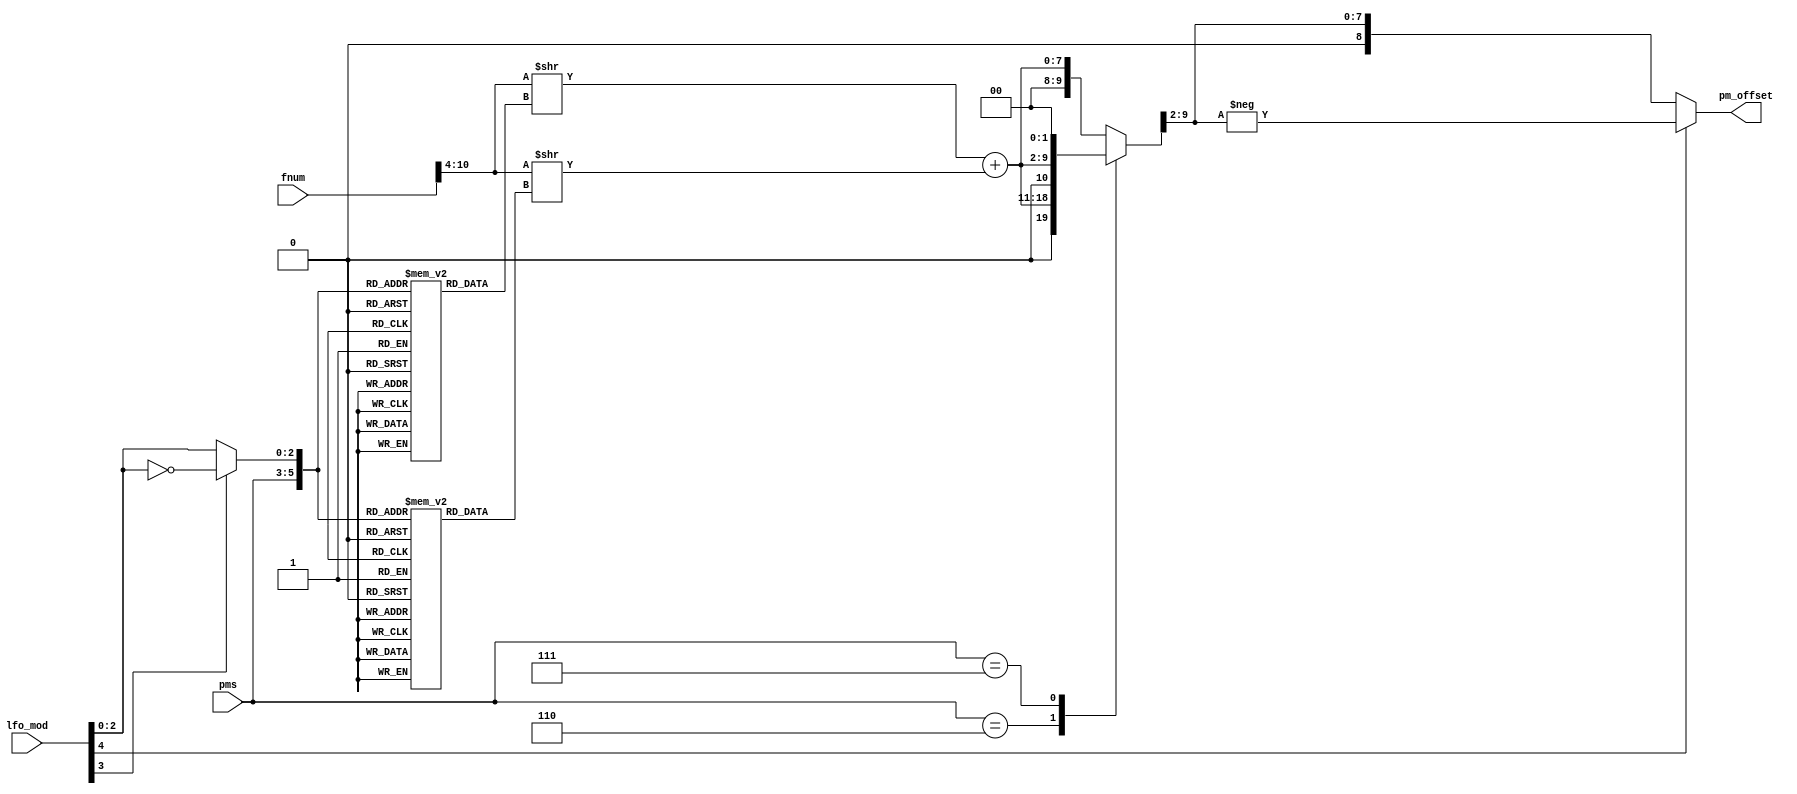
/*  This file is part of jt12.

    jt12 is free software: you can redistribute it and/or modify
    it under the terms of the GNU General Public License as published by
    the Free Software Foundation, either version 3 of the License, or
    (at your option) any later version.

    jt12 is distributed in the hope that it will be useful,
    but WITHOUT ANY WARRANTY; without even the implied warranty of
    MERCHANTABILITY or FITNESS FOR A PARTICULAR PURPOSE.  See the
    GNU General Public License for more details.

    You should have received a copy of the GNU General Public License
    along with jt12.  If not, see <http://www.gnu.org/licenses/>.
	
	Author: Jose Tejada Gomez. Twitter: @topapate
	Version: 1.0
	Date: 14-10-2018
	*/


// This implementation follows that of Alexey Khokholov (Nuke.YKT) in C language.

module jt12_pm (
	input [4:0] lfo_mod,
	input [10:0] fnum,
	input [2:0] pms,
	output reg signed [8:0] pm_offset
);


reg [7:0] pm_unsigned;
reg [7:0] pm_base;
reg [9:0] pm_shifted;

wire [2:0] index = lfo_mod[3] ? (~lfo_mod[2:0]) : lfo_mod[2:0];

reg [2:0] lfo_sh1_lut [0:63];
reg [2:0] lfo_sh2_lut [0:63];
reg [2:0] lfo_sh1, lfo_sh2;

initial begin
    lfo_sh1_lut[6'h00] = 3'd7;
    lfo_sh1_lut[6'h01] = 3'd7;
    lfo_sh1_lut[6'h02] = 3'd7;
    lfo_sh1_lut[6'h03] = 3'd7;
    lfo_sh1_lut[6'h04] = 3'd7;
    lfo_sh1_lut[6'h05] = 3'd7;
    lfo_sh1_lut[6'h06] = 3'd7;
    lfo_sh1_lut[6'h07] = 3'd7;
    lfo_sh1_lut[6'h08] = 3'd7;
    lfo_sh1_lut[6'h09] = 3'd7;
    lfo_sh1_lut[6'h0A] = 3'd7;
    lfo_sh1_lut[6'h0B] = 3'd7;
    lfo_sh1_lut[6'h0C] = 3'd7;
    lfo_sh1_lut[6'h0D] = 3'd7;
    lfo_sh1_lut[6'h0E] = 3'd7;
    lfo_sh1_lut[6'h0F] = 3'd7;
    lfo_sh1_lut[6'h10] = 3'd7;
    lfo_sh1_lut[6'h11] = 3'd7;
    lfo_sh1_lut[6'h12] = 3'd7;
    lfo_sh1_lut[6'h13] = 3'd7;
    lfo_sh1_lut[6'h14] = 3'd7;
    lfo_sh1_lut[6'h15] = 3'd7;
    lfo_sh1_lut[6'h16] = 3'd1;
    lfo_sh1_lut[6'h17] = 3'd1;
    lfo_sh1_lut[6'h18] = 3'd7;
    lfo_sh1_lut[6'h19] = 3'd7;
    lfo_sh1_lut[6'h1A] = 3'd7;
    lfo_sh1_lut[6'h1B] = 3'd7;
    lfo_sh1_lut[6'h1C] = 3'd1;
    lfo_sh1_lut[6'h1D] = 3'd1;
    lfo_sh1_lut[6'h1E] = 3'd1;
    lfo_sh1_lut[6'h1F] = 3'd1;
    lfo_sh1_lut[6'h20] = 3'd7;
    lfo_sh1_lut[6'h21] = 3'd7;
    lfo_sh1_lut[6'h22] = 3'd7;
    lfo_sh1_lut[6'h23] = 3'd1;
    lfo_sh1_lut[6'h24] = 3'd1;
    lfo_sh1_lut[6'h25] = 3'd1;
    lfo_sh1_lut[6'h26] = 3'd1;
    lfo_sh1_lut[6'h27] = 3'd0;
    lfo_sh1_lut[6'h28] = 3'd7;
    lfo_sh1_lut[6'h29] = 3'd7;
    lfo_sh1_lut[6'h2A] = 3'd1;
    lfo_sh1_lut[6'h2B] = 3'd1;
    lfo_sh1_lut[6'h2C] = 3'd0;
    lfo_sh1_lut[6'h2D] = 3'd0;
    lfo_sh1_lut[6'h2E] = 3'd0;
    lfo_sh1_lut[6'h2F] = 3'd0;
    lfo_sh1_lut[6'h30] = 3'd7;
    lfo_sh1_lut[6'h31] = 3'd7;
    lfo_sh1_lut[6'h32] = 3'd1;
    lfo_sh1_lut[6'h33] = 3'd1;
    lfo_sh1_lut[6'h34] = 3'd0;
    lfo_sh1_lut[6'h35] = 3'd0;
    lfo_sh1_lut[6'h36] = 3'd0;
    lfo_sh1_lut[6'h37] = 3'd0;
    lfo_sh1_lut[6'h38] = 3'd7;
    lfo_sh1_lut[6'h39] = 3'd7;
    lfo_sh1_lut[6'h3A] = 3'd1;
    lfo_sh1_lut[6'h3B] = 3'd1;
    lfo_sh1_lut[6'h3C] = 3'd0;
    lfo_sh1_lut[6'h3D] = 3'd0;
    lfo_sh1_lut[6'h3E] = 3'd0;
    lfo_sh1_lut[6'h3F] = 3'd0;
    lfo_sh2_lut[6'h00] = 3'd7;
    lfo_sh2_lut[6'h01] = 3'd7;
    lfo_sh2_lut[6'h02] = 3'd7;
    lfo_sh2_lut[6'h03] = 3'd7;
    lfo_sh2_lut[6'h04] = 3'd7;
    lfo_sh2_lut[6'h05] = 3'd7;
    lfo_sh2_lut[6'h06] = 3'd7;
    lfo_sh2_lut[6'h07] = 3'd7;
    lfo_sh2_lut[6'h08] = 3'd7;
    lfo_sh2_lut[6'h09] = 3'd7;
    lfo_sh2_lut[6'h0A] = 3'd7;
    lfo_sh2_lut[6'h0B] = 3'd7;
    lfo_sh2_lut[6'h0C] = 3'd2;
    lfo_sh2_lut[6'h0D] = 3'd2;
    lfo_sh2_lut[6'h0E] = 3'd2;
    lfo_sh2_lut[6'h0F] = 3'd2;
    lfo_sh2_lut[6'h10] = 3'd7;
    lfo_sh2_lut[6'h11] = 3'd7;
    lfo_sh2_lut[6'h12] = 3'd7;
    lfo_sh2_lut[6'h13] = 3'd2;
    lfo_sh2_lut[6'h14] = 3'd2;
    lfo_sh2_lut[6'h15] = 3'd2;
    lfo_sh2_lut[6'h16] = 3'd7;
    lfo_sh2_lut[6'h17] = 3'd7;
    lfo_sh2_lut[6'h18] = 3'd7;
    lfo_sh2_lut[6'h19] = 3'd7;
    lfo_sh2_lut[6'h1A] = 3'd2;
    lfo_sh2_lut[6'h1B] = 3'd2;
    lfo_sh2_lut[6'h1C] = 3'd7;
    lfo_sh2_lut[6'h1D] = 3'd7;
    lfo_sh2_lut[6'h1E] = 3'd2;
    lfo_sh2_lut[6'h1F] = 3'd2;
    lfo_sh2_lut[6'h20] = 3'd7;
    lfo_sh2_lut[6'h21] = 3'd7;
    lfo_sh2_lut[6'h22] = 3'd2;
    lfo_sh2_lut[6'h23] = 3'd7;
    lfo_sh2_lut[6'h24] = 3'd7;
    lfo_sh2_lut[6'h25] = 3'd7;
    lfo_sh2_lut[6'h26] = 3'd2;
    lfo_sh2_lut[6'h27] = 3'd7;
    lfo_sh2_lut[6'h28] = 3'd7;
    lfo_sh2_lut[6'h29] = 3'd7;
    lfo_sh2_lut[6'h2A] = 3'd7;
    lfo_sh2_lut[6'h2B] = 3'd2;
    lfo_sh2_lut[6'h2C] = 3'd7;
    lfo_sh2_lut[6'h2D] = 3'd7;
    lfo_sh2_lut[6'h2E] = 3'd2;
    lfo_sh2_lut[6'h2F] = 3'd1;
    lfo_sh2_lut[6'h30] = 3'd7;
    lfo_sh2_lut[6'h31] = 3'd7;
    lfo_sh2_lut[6'h32] = 3'd7;
    lfo_sh2_lut[6'h33] = 3'd2;
    lfo_sh2_lut[6'h34] = 3'd7;
    lfo_sh2_lut[6'h35] = 3'd7;
    lfo_sh2_lut[6'h36] = 3'd2;
    lfo_sh2_lut[6'h37] = 3'd1;
    lfo_sh2_lut[6'h38] = 3'd7;
    lfo_sh2_lut[6'h39] = 3'd7;
    lfo_sh2_lut[6'h3A] = 3'd7;
    lfo_sh2_lut[6'h3B] = 3'd2;
    lfo_sh2_lut[6'h3C] = 3'd7;
    lfo_sh2_lut[6'h3D] = 3'd7;
    lfo_sh2_lut[6'h3E] = 3'd2;
    lfo_sh2_lut[6'h3F] = 3'd1;
end

always @(*) begin
	lfo_sh1 = lfo_sh1_lut[{pms,index}];
	lfo_sh2 = lfo_sh2_lut[{pms,index}];
	pm_base = ({1'b0,fnum[10:4]}>>lfo_sh1) + ({1'b0,fnum[10:4]}>>lfo_sh2);
	case( pms )
		default: pm_shifted = { 2'b0, pm_base };
		3'd6: pm_shifted = { 1'b0, pm_base, 1'b0 };
		3'd7: pm_shifted = {       pm_base, 2'b0 };
	endcase // pms
	pm_offset = lfo_mod[4] ? (-{1'b0,pm_shifted[9:2]}) : {1'b0,pm_shifted[9:2]};
end // always @(*)

endmodule